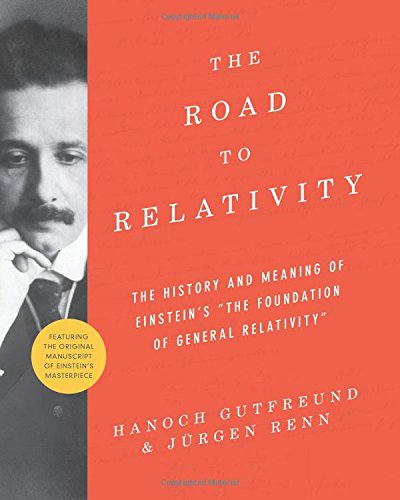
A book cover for The Road to Relativity: The History and Meaning of Einstein's "The Foundation of General Relativity" Featuring the Original Manuscript of Einstein's Masterpiece; Hanoch Gutfreund; Science & Math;